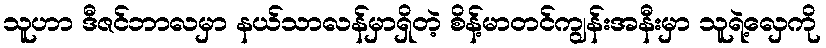
သူဟာ ဒီဇင်ဘာလမှာ နယ်သာလန်မှာရှိတဲ့ စိန့်မာတင်ကျွန်းအနီးမှာ သူရဲ့လှေကို